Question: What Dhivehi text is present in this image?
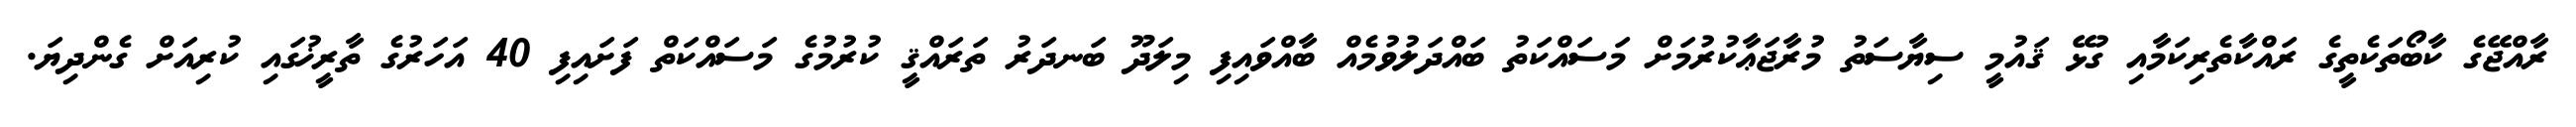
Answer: ރާއްޖޭގެ ކާބޯތަކެތީގެ ރައްކާތެރިކަމާއި ގުޅޭ ޤައުމީ ސިޔާސަތު މުރާޖަޢާކުރުމަށް މަސައްކަތު ބައްދަލުވުމެއް ބާއްވައިފި މިލަދޫ ބަނދަރު ތަރައްޤީ ކުރުމުގެ މަސައްކަތް ފަށައިފި 40 އަހަރުގެ ތާރީޚުގައި ކުރިއަށް ގެންދިޔަ.